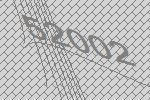
52002